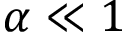
\alpha \ll 1